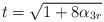
LaTeX: \begin{align*}t=\sqrt{1+8\alpha_{3r}}\end{align*}